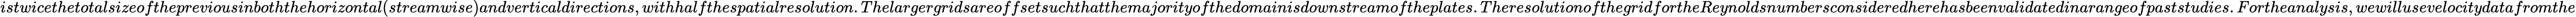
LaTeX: istwicethetotalsizeofthepreviousinboththehorizontal(streamwise)andverticaldirections,withhalfthespatialresolution.Thelargergridsareoffsetsuchthatthemajorityofthedomainisdownstreamoftheplates.TheresolutionofthegridfortheReynoldsnumbersconsideredherehasbeenvalidatedinarangeofpaststudies.Fortheanalysis,wewillusevelocitydatafromthe